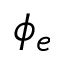
\phi _ { e }